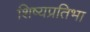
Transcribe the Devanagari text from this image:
शिष्यप्रतिभा